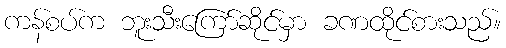
ကန်စပ်က ဘူးသီးကြော်ဆိုင်မှာ ခဏထိုင်စားသည်။